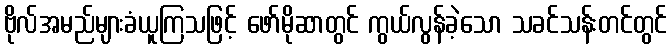
ဗိုလ်အမည်များခံယူကြသဖြင့် ဖော်မိုဆာတွင် ကွယ်လွန်ခဲ့သော သခင်သန်းတင်တွင်